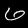
Digit: 6